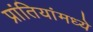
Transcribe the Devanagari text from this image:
प्रांतियांमध्ये